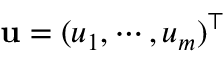
\mathbf { u } = ( u _ { 1 } , \cdots , u _ { m } ) ^ { \top }